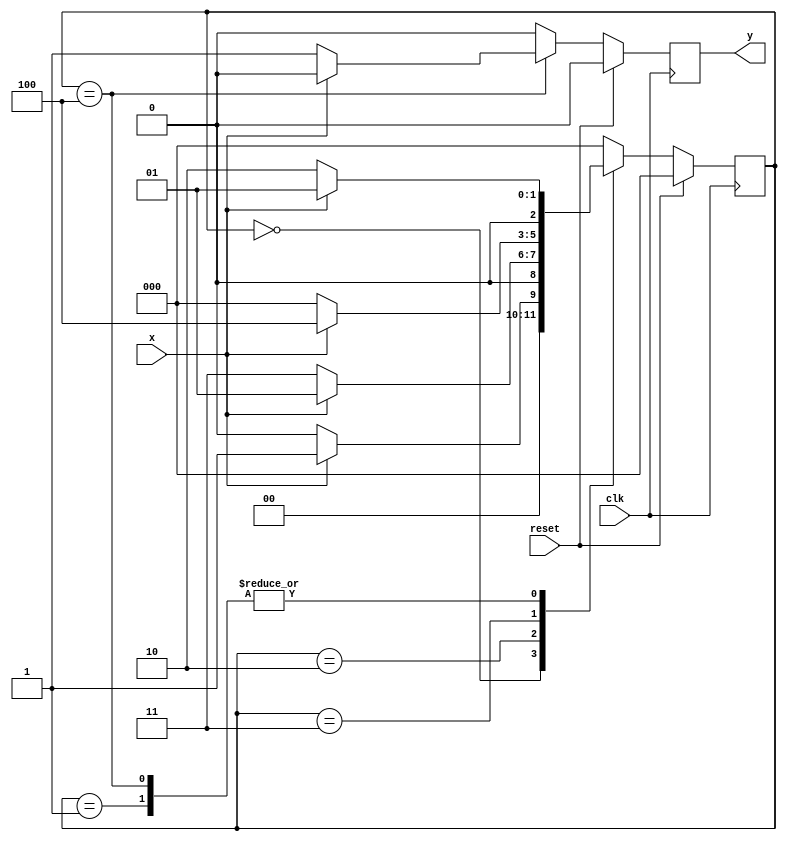
module mealy_hw( input clk,
				 input reset,
				 input x,
				 output reg y );
		
	parameter S0 = 0, S1 = 1, S2 = 2;
	reg [2:0] current_state;
	reg [2:0] next_state;
	reg y_temp;
	
	always@(*) begin
		case(current_state)
			S0://0
				if(x) begin
					next_state = S1;
				end
				else begin
					next_state = S0;
				end
			S1://1
				if(~x) begin
					next_state = S2;
				end
				else begin
					next_state = S1;
				end
			S2://10
				if(~x) begin
				next_state =3;
				end
				else begin
					next_state = S1;
				end
			3://100
				if(x) begin
					next_state = 4;
				end
				else begin
					next_state = S0;
				end
			4://1001
				if(~x) begin
					next_state = S2;
				end
				else begin
					next_state = S1;
				end
			default:
				next_state = S0;
		endcase
	end
	
	always@(posedge clk) begin
		if(reset) begin
			current_state <= S0;
		end
		else begin
			current_state <= next_state;
		end
	end

	always@(*) begin
		case(current_state)
			S0:
				if(x) begin
					y_temp = 1'b0;
				end
				else begin
					y_temp = 1'b0;
				end
			S1:
				if(x) begin
					y_temp = 1'b0;
				end
				else begin
					y_temp = 1'b0;
				end
			S2:
				if(~x) begin
					y_temp = 1'b0;
				end
				else begin
					y_temp = 1'b0;
				end
			3:
				if(~x) begin
					y_temp = 1'b0;
				end
				else begin
					y_temp = 1'b0;
				end
			4:
				if(~x) begin
					y_temp = 1'b1;
				end
				else begin
					y_temp = 1'b0;
				end
			default:
				y_temp = 1'b0;
		endcase
	end
		
	always@(posedge clk) begin
		if(reset) begin
			y <= 1'b0;
		end
		else begin	
			y <= y_temp;
		end
	end
		
endmodule